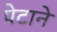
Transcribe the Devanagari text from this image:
पेटाने